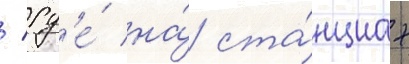
/ гд'е́ на́ ста́нциах